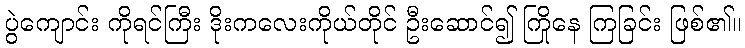
ပွဲကျောင်း ကိုရင်ကြီး ဒိုးကလေးကိုယ်တိုင် ဦးဆောင်၍ ကြိုနေ ကြခြင်း ဖြစ်၏။